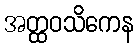
အတ္ထဝသိကေန